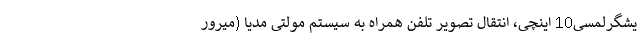
یشگرلمسی10 اینچی، انتقال تصویر تلفن همراه به سیستم مولتی مدیا (میرور